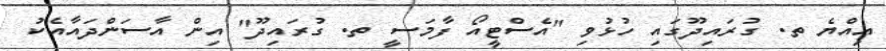
އިއްޔެ ތ. ގުރައިދޫގައި ހުޅުވި "އެސްޓީއޯ ފާމަސީ ތ. ގުރައިދޫ" އިން އާސަންދައާއެކު